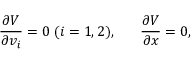
{ \frac { \partial V } { \partial v _ { i } } } = 0 \; ( i = 1 , 2 ) , \; \; \; \; \; \; { \frac { \partial V } { \partial x } } = 0 ,